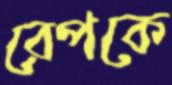
রেপকে